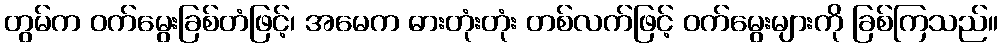
တွမ်က ဝက်မွေးခြစ်တံဖြင့်၊ အမေက ဓားတုံးတုံး တစ်လက်ဖြင့် ဝက်မွေးများကို ခြစ်ကြသည်။